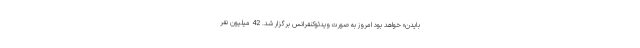
بایدن» خواهد بود امروز به صورت ویدئوکنفرانس برگزار شد. 42 میلیون نفر